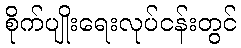
စိုက်ပျိုးရေးလုပ်ငန်းတွင်